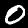
Digit: 0